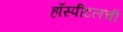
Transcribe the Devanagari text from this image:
हॉस्पीटलची